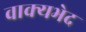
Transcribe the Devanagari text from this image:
वाक्यभेद